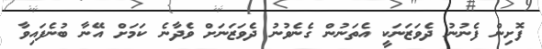
ފޮށިން ފެނުނު ދެވަޒަނަކީ އެތަނުން ގެނެވުނު ދެވަޒަނަށް ވެދާނެ ކަމަށް އޭނާ ބުނެފައިވާ